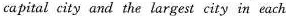
capital city and the largest city in each